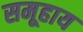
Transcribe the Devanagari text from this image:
समूहाय